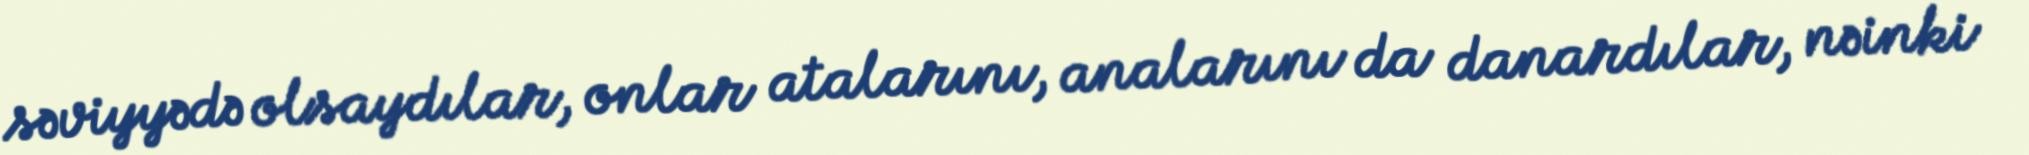
səviyyədə olsaydılar, onlar atalarını, analarını da danardılar, nəinki